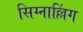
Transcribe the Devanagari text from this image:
सिग्नाल्लिंग